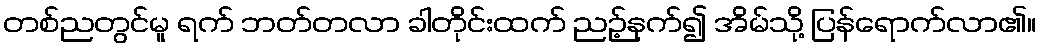
တစ်ညတွင်မူ ရက် ဘတ်တလာ ခါတိုင်းထက် ညဉ့်နက်၍ အိမ်သို့ ပြန်ရောက်လာ၏။